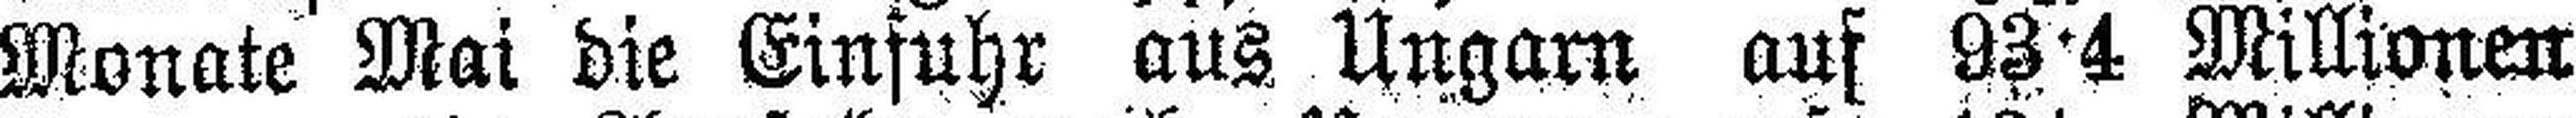
Monate Mai die Einfuhr aus Ungarn auf 93·4 Millionen